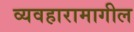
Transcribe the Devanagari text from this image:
व्यवहारामागील